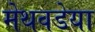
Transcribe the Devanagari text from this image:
मेथवडेया